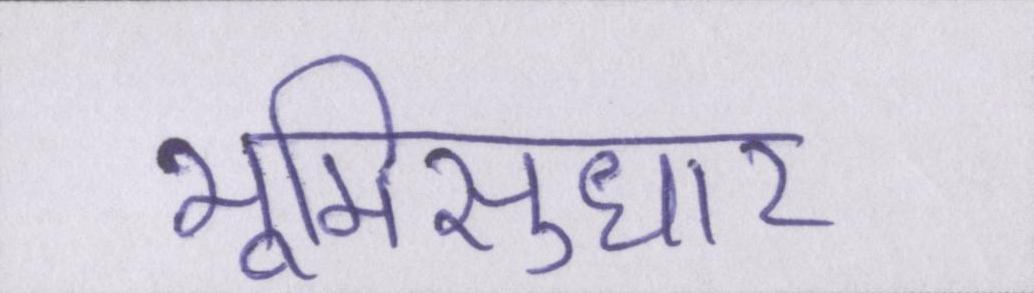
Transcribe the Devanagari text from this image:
भूमिसुधार